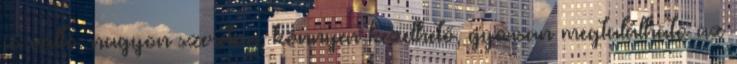
jó váltó, nagyon szeretem, könnyen kezelhető, gyorsan megtalálható az